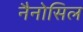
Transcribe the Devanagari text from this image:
नैनोसिल